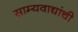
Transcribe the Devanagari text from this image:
साम्यवाद्यांची